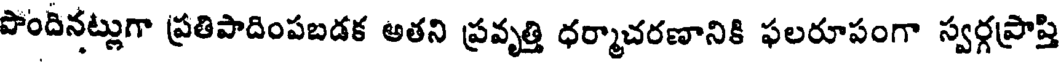
పొందినట్లుగా ప్రతిపాదింపబడక అతని ప్రవృత్తి ధర్మాచరణానికి ఫలరూపంగా స్వర్గప్రాప్తి